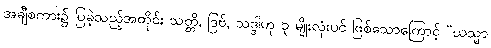
အချီစကား၌ ပြခဲ့သည့်အတိုင်း သတ္တိ, ဒြဗ်, သဒ္ဒါဟု ၃ မျိုးလုံးပင် ဖြစ်သောကြောင့် “ယသ္မာ